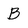
Character: B